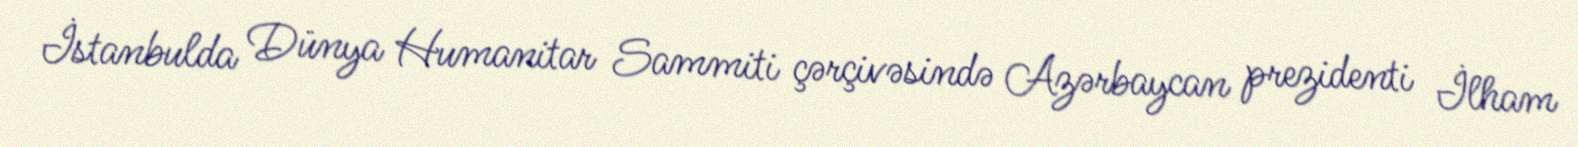
İstanbulda Dünya Humanitar Sammiti çərçivəsində Azərbaycan prezidenti İlham